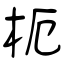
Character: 枙